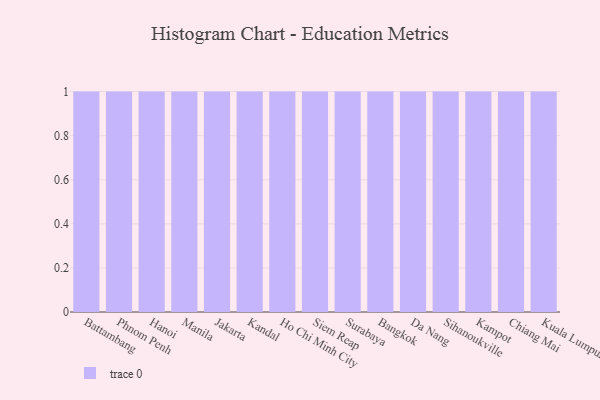
{"axis": {"x": "City", "y": "Energy Usage (MWh)"}, "legend": [""], "data": [{"x": "Battambang", "y": 6, "type": ""}, {"x": "Phnom Penh", "y": 91, "type": ""}, {"x": "Hanoi", "y": 70, "type": ""}, {"x": "Manila", "y": 1, "type": ""}, {"x": "Jakarta", "y": 46, "type": ""}, {"x": "Kandal", "y": 11, "type": ""}, {"x": "Ho Chi Minh City", "y": 47, "type": ""}, {"x": "Siem Reap", "y": 86, "type": ""}, {"x": "Surabaya", "y": 85, "type": ""}, {"x": "Bangkok", "y": 50, "type": ""}, {"x": "Da Nang", "y": 34, "type": ""}, {"x": "Sihanoukville", "y": 24, "type": ""}, {"x": "Kampot", "y": 55, "type": ""}, {"x": "Chiang Mai", "y": 80, "type": ""}, {"x": "Kuala Lumpur", "y": 58, "type": ""}]}